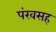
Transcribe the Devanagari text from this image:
पंखसह